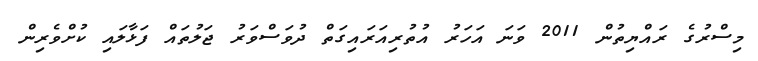
މިސްރުގެ ރައްޔިތުން 2011 ވަނަ އަހަރު އުތުރިއަރައިގަތް ދުވަސްވަރު ޖަލުތައް ފަޅާލައި ކުށްވެރިން